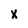
Character: x